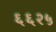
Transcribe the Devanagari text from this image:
६६२५